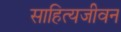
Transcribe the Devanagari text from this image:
साहित्यजीवन